Mental hospitals Bombay report 1929-33 - 1929-1933
Year: 1929
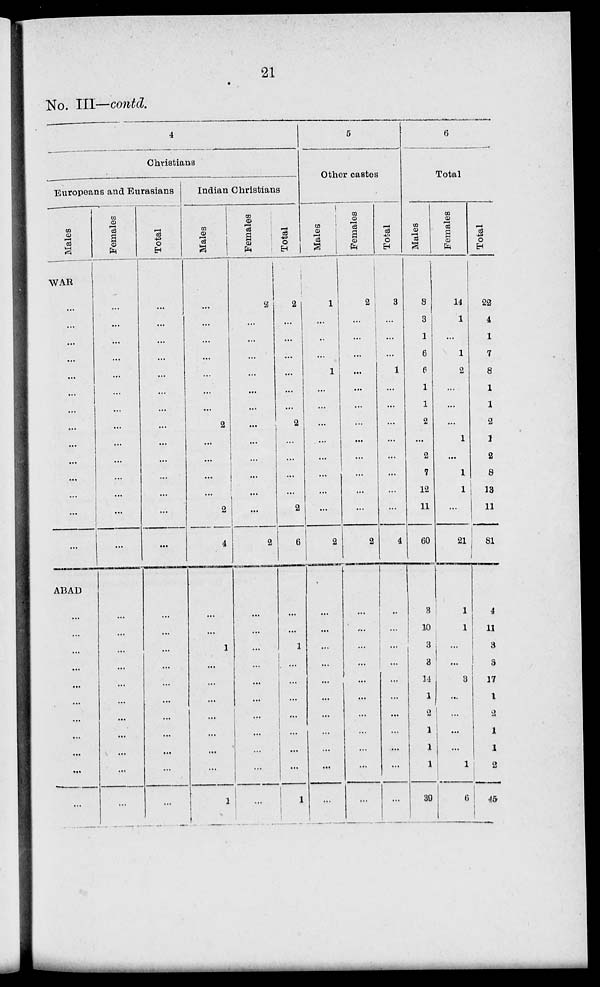
21
No. III—contd.
4
Christians
Europeans and Eurasians
Males
WAR
...
...
...
...
...
...
...
...
...
...
...
...
...
...
ABAD
...
...
...
...
...
...
...
...
...
...
...
Females
...
...
...
...
...
...
...
...
...
...
...
...
...
...
...
...
...
...
...
...
...
...
...
...
...
Total
...
...
...
...
...
...
...
...
...
...
...
...
...
...
...
...
...
...
...
...
...
...
...
...
...
Indian Christians
Males
...
...
...
...
...
...
...
2
...
...
...
...
2
4
...
...
1
...
...
...
...
...
...
...
1
Females
2
...
...
...
...
...
...
...
...
...
...
...
...
2
...
...
...
...
...
...
...
...
...
...
...
Total
2
...
...
...
...
...
...
2
...
...
...
...
2
6
...
...
1
...
...
...
...
...
...
...
1
5
Other castes
Males
1
...
...
...
1
...
...
...
...
...
...
...
...
2
...
...
...
...
...
...
...
...
...
...
...
Females
3
...
...
...
...
...
...
...
...
...
...
...
...
2
...
...
...
...
...
...
...
...
...
...
...
Total
3
...
...
...
1
...
...
...
...
...
...
...
...
4
...
...
...
...
...
...
...
...
...
...
...
6
Total
Males
8
3
1
6
6
1
1
2
...
2
7
12
11
60
3
10
3
3
14
1
2
1
1
1
39
Females
14
1
...
1
2
...
...
...
1
...
1
1
...
21
1
1
...
...
3
...
...
...
...
1
6
Total
22
4
1
7
8
1
1
2
1
2
8
13
11
81
4
11
3
3
17
1
2
1
1
2
45